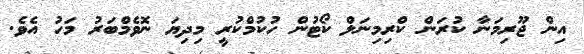
އިން ޖޫރިމަނާ ކުރަން ކްރިމިނަލް ކޯޓުން ހުކުމްކުރީ މިދިޔަ ނޮވެމްބަރު މަހު އެވެ.